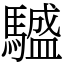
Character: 𩦝